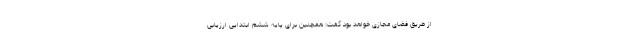
از طریق فضای مجازی خواهد بود گفت: همچنین برای پایه ششم ابتدایی ارزیابی